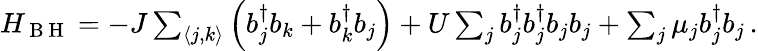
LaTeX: \begin{array}{r}{H_{\mathrm{~B~H~}}=-J\sum_{\langle j,k\rangle}\left(b_{j}^{\dagger}b_{k}+b_{k}^{\dagger}b_{j}\right)+U\sum_{j}b_{j}^{\dagger}b_{j}^{\dagger}b_{j}b_{j}+\sum_{j}\mu_{j}b_{j}^{\dagger}b_{j}\, .}\end{array}